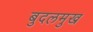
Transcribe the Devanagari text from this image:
बुदलमुख